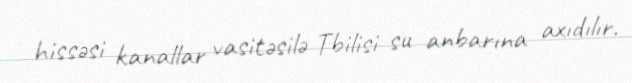
hissəsi kanallar vasitəsilə Tbilisi su anbarına axıdılır.